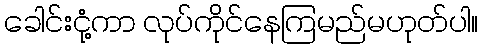
ခေါင်းငုံ့ကာ လုပ်ကိုင်နေကြမည်မဟုတ်ပါ။